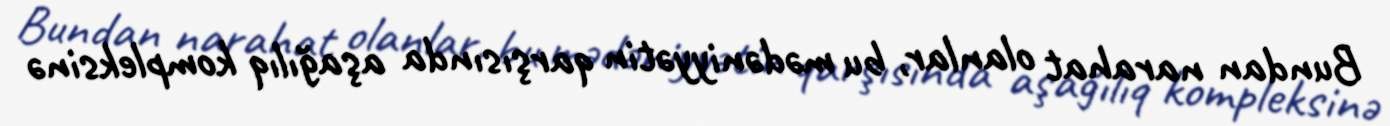
Bundan narahat olanlar, bu mədəniyyətin qarşısında aşağılıq kompleksinə